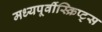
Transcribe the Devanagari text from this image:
मध्यपूर्वीस्क्रिप्ट्स